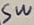
Text: SW